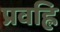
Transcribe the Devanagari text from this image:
प्रवह्लि